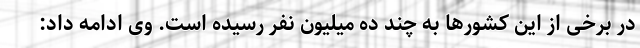
در برخی از این کشورها به چند ده میلیون نفر رسیده است. وی ادامه داد: